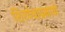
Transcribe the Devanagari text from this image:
शिरपेचाप्रमाणे